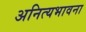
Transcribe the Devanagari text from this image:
अनित्यभावना